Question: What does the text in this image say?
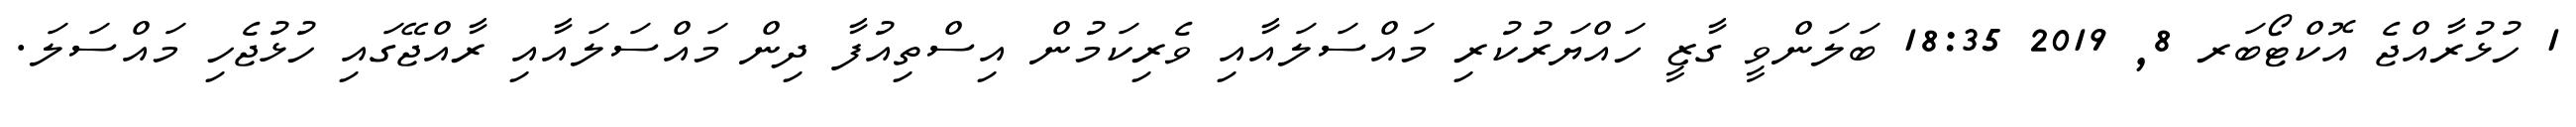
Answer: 1 ހުޅުރާއްޖެ އޮކްޓޯބަރ 8, 2019 18:35 ބަލަންވީ ގާޒީ ހައްޔަރުކުރި މައްސަލައާއި ވެރިކަމުން އިސްތިއުފާ ދިން މައްސަލައާއި ރާއްޖޭގައި ހުޅުޖެހި މައްސަލަ.